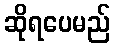
ဆိုရပေမည်